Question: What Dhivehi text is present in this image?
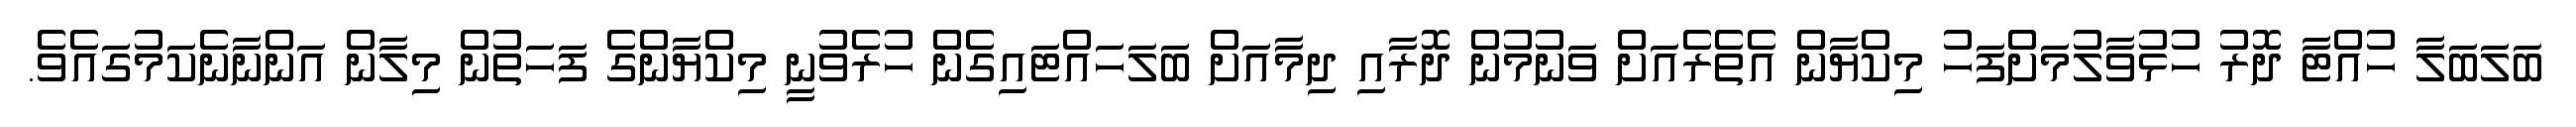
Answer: ބަލަބަލާ ހުއްޓާ ދޮރު ހުޅުވާލުމަށްފަހު މިކްޔާން އެތެރެއަށް ވަނުމުން ދޮރާއި ދިމާއަށް ބަލަހައްޓައިގެން ހުރެވުނީ މިކްޔާންގެ ފަހަތުން މިލާން އަންނާނެކަމުގައެވެ.